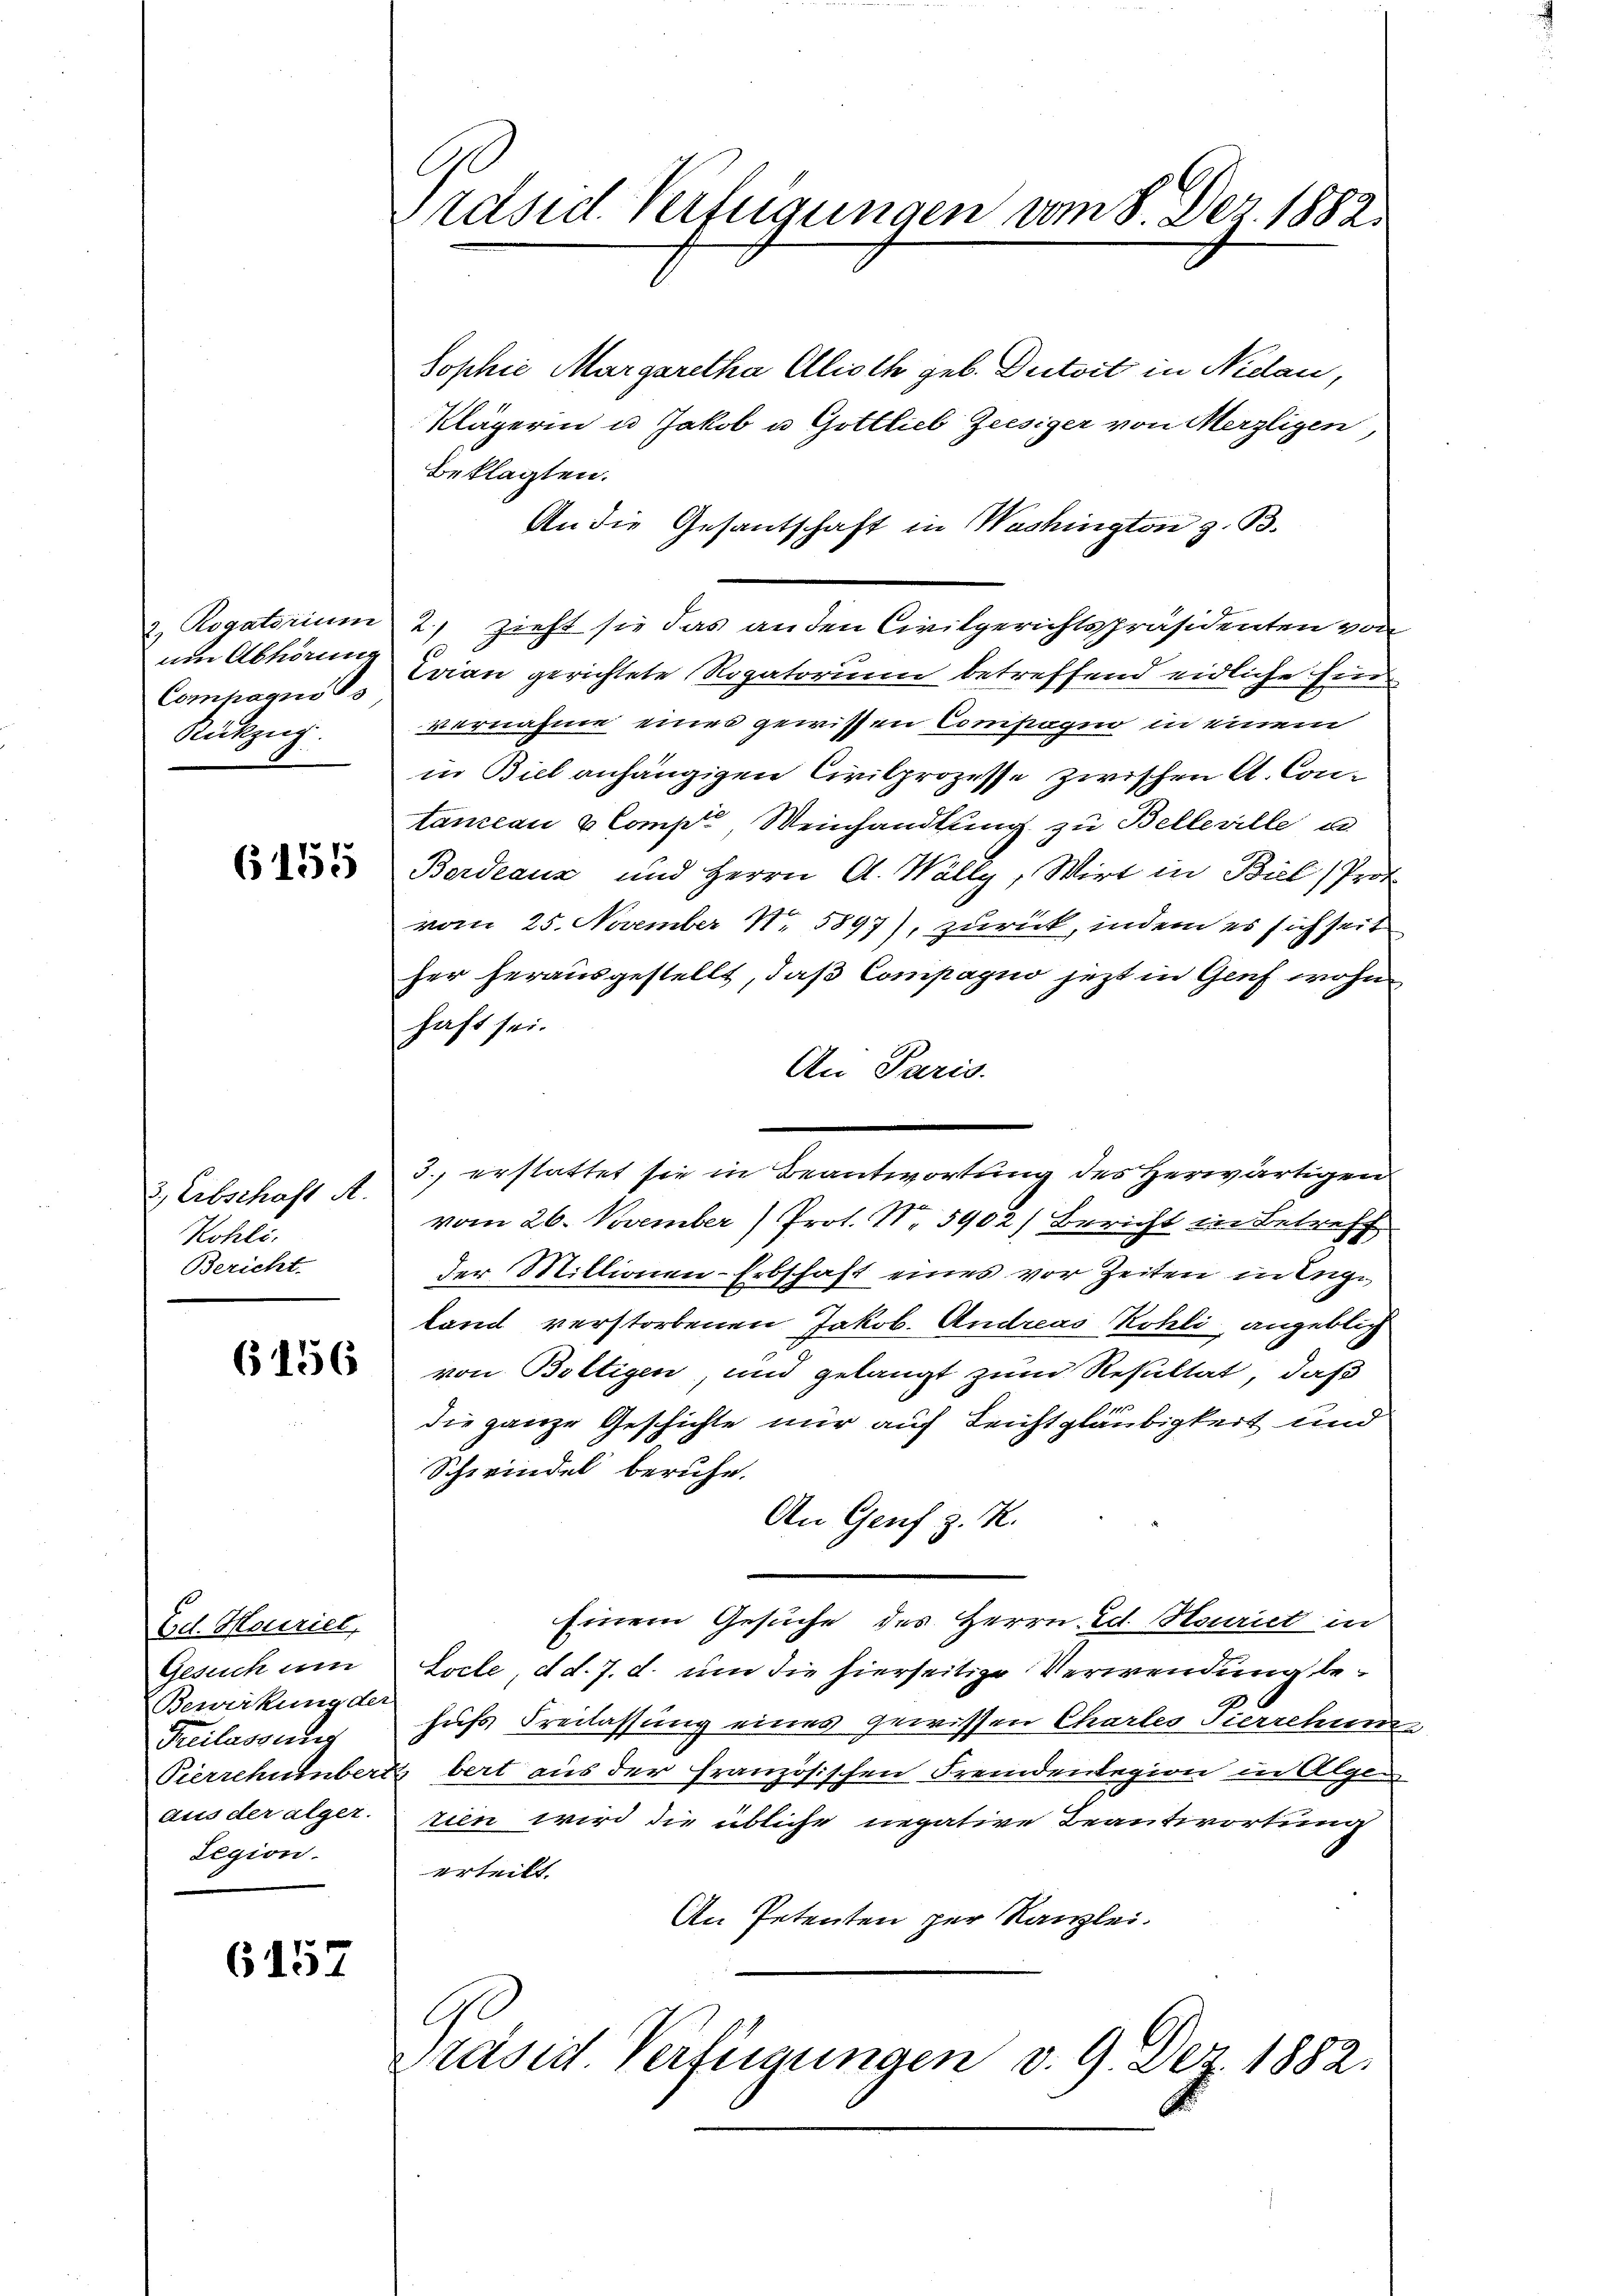
2. Rogatorium
am Abhörung
Compagniss
Rückzug

6155

Eibschaft A.
Kohli.
Bericht

6156

Ed. Mariel
Gesuch um
Bewirkung de
Freilassens
Pierrchumber
aus der alger.
Legion.

6157

rcsid. Verfügungen vom 8. Dez. 1882.

Sophie Margaretha Elioth geb. Dutoit in Nidau,
Klägerin u Jakob u. Gottlieb Ziesiger von Merzligen,
Beklagten.
An die Gesantschaft in Washington z. B.
2) zieht sie das anden Civilgerichtspräsidenten von
Trian gerichtete Rogatorium betreffend eidliche Einvernahme eines gewissen Compagno in einem
in Biel anhängigen Civilprozesse zwischen Al. Contancean & Compt, Weinhandlung zu Belleville u.
Bordeaux und Herrn A. Wälly, Wirt in Biel Prof.
vom 25. November N. 5897), zurück, indem es sich seit
fer herausgestellt, daß Compagno jetzt in Genf wohn
haft sei.
An Paris.
vom 26. November) Prot. N. 5902) Bericht in Betreff
der Millionen-Erbschaft eines vor Zeiten in England verstorbenen Jakob. Andreas Kohli, angeblich
von Boltigen, und gelangt zum Resultat, daß
die ganze Geschichte nur auf Leichtgläubigkeit und
Schwindel beruhe.
An Genf z. K.
Einem Gesuche des Herrn. Ed. Sauriet in
Locle, d. d. 7. d. um die hierseitige Verwendung behufs Freilassung eines gewissen Chartes Tierrchum
bert aus der französischen Fremdenlegion in Algen
rien wird die übliche negative Beantwortung
erteilt.
An Petenten zur Kanzlei.
C
präsid Verfügungen d. 9 Dez. 1882.

3.) erstattet sie in Beantwortung des Herwärtigen